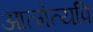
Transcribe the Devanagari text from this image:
आत्मेत्यपि